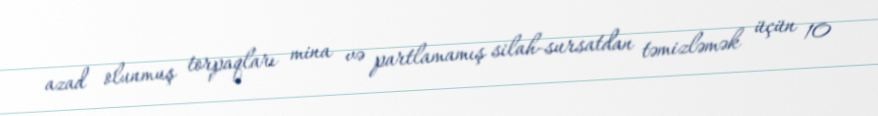
azad olunmuş torpaqları mina və partlamamış silah-sursatdan təmizləmək üçün 10